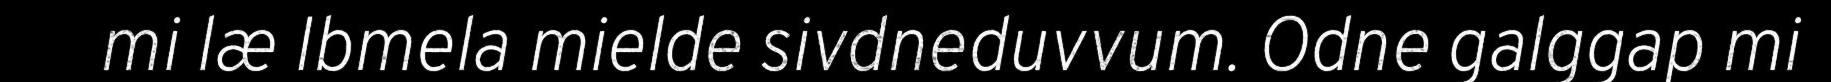
mi læ Ibmela mielde sivdneduvvum. Odne galggap mi